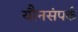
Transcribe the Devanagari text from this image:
यौनसंपर्क